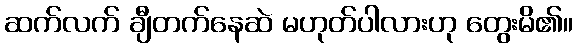
ဆက်လက် ချီတက်နေဆဲ မဟုတ်ပါလားဟု တွေးမိ၏။